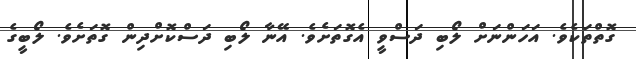
ގޮތްތަކެވެ. އަހަންނަށް ލޯބި ދަސްވީ އެގޮތަށެވެ. އޭނާ ލޯބި ދަސްކޮށްދިން ގޮތަށެވެ. ލޯބީގެ